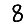
Digit: 8